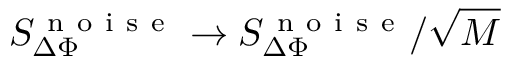
S _ { \Delta \Phi } ^ { \mathrm { ~ n ~ o ~ i ~ s ~ e ~ } } \rightarrow S _ { \Delta \Phi } ^ { \mathrm { ~ n ~ o ~ i ~ s ~ e ~ } } / \sqrt { M }